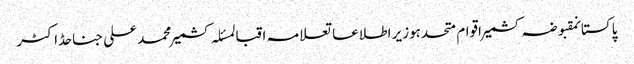
پاکستانمقبوضہ کشمیراقوام متحدہوزیر اطلاعاتعلامہ اقبالمسئلہ کشمیرمحمد علی جناحڈاکٹر